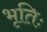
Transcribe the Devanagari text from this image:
भृतिः